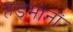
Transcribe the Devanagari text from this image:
हड़मानों